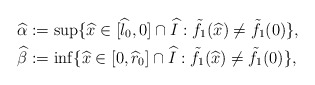
\begin{align*}\begin{aligned}\widehat\alpha&:=\sup\{\widehat{x}\in [\widehat{l}_0,0]\cap \widehat{I}: \tilde{f}_1(\widehat{x})\neq \tilde{f}_1(0) \}, \\\widehat\beta&:=\inf\{\widehat{x}\in [0,\widehat{r}_0]\cap \widehat{I}: \tilde{f}_1(\widehat{x})\neq \tilde{f}_1(0)\},\end{aligned}\end{align*}